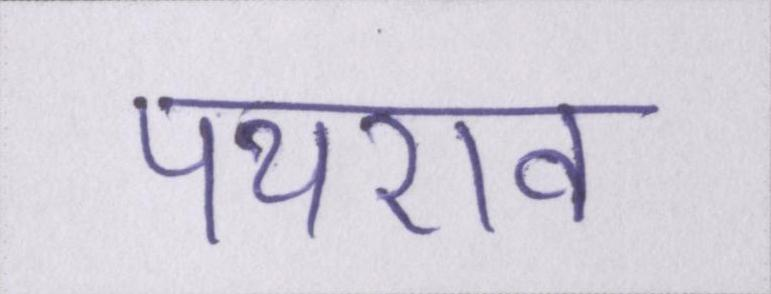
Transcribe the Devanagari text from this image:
पथराव